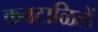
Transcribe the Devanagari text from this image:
कवटाळिलें